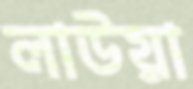
লাউয়া